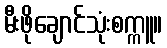
မီးဖိုချောင်သုံးစက္ကူ။